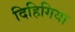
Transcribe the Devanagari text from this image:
दिहिगिया